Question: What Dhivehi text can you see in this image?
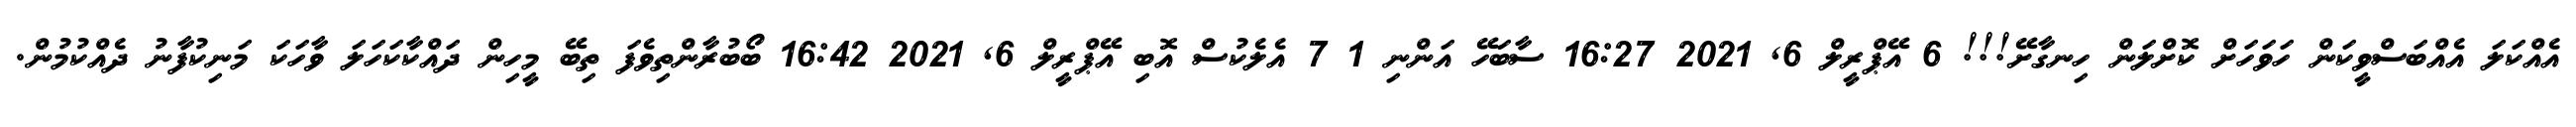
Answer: އެއްކަލަ އެއްބަސްވީކަން ހަވަހަށް ކޮށްލަން ހިނގާށޭ!!! 6 އޭޕްރީލް 6, 2021 16:27 ސާބަހޭ އަންނި 1 7 އެލެކުސް އޮބި އޭޕްރީލް 6, 2021 16:42 ބޯބުރާންތިވެފަ ތިބޭ މީހިން ދައްކާކަހަލަ ވާހަކަ މަނިކުފާނު ދެއްކުމުން.